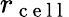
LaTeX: r_{\mathrm{~c~e~l~l~}}